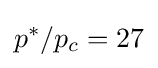
p^{*}/p_{c}=27